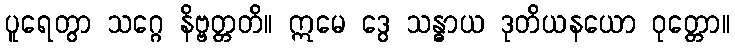
ပူရေတွာ သဂ္ဂေ နိဗ္ဗတ္တတိ။ ဣမေ ဒွေ သန္ဓာယ ဒုတိယနယော ဝုတ္တော။